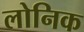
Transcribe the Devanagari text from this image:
लोनिक